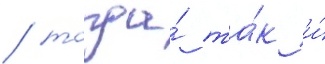
/ тогда́ та́к и́